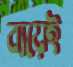
ব্যয়েই